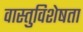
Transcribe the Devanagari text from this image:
वास्तुविशेषता